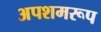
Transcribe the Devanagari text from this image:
अपशमरूप